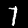
Label: 7